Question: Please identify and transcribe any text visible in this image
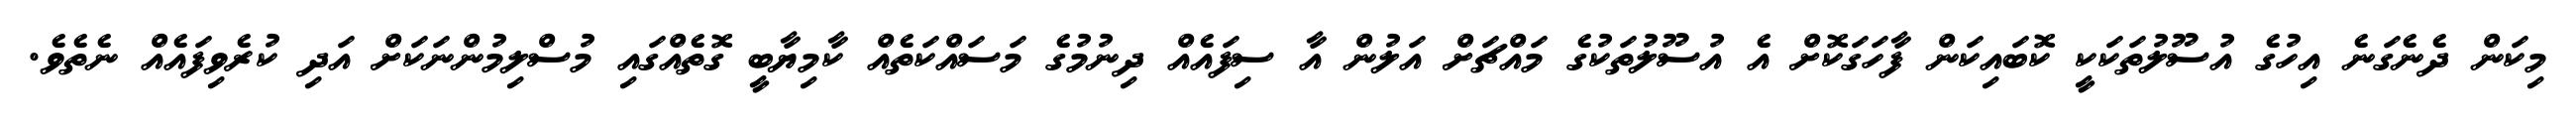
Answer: މިކަން ދެނެގަނެ އިހުގެ އުސޫލުތަކަކީ ކޮބައިކަން ފާހަގަކޮށް އެ އުސޫލުތަކުގެ މައްޗަށް އަލުން އާ ސިފައެއް ދިނުމުގެ މަސައްކަތެއް ކާމިޔާބީ ގޮތެއްގައި މުސްލިމުންނަކަށް އަދި ކުރެވިފައެއް ނެތެވެ.